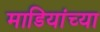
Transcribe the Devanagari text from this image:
माडियांच्या